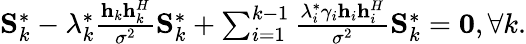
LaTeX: \begin{array}{r}{{\mathbf{S}}_{k}^{*}-\lambda_{k}^{*}\frac{{{{\mathbf{h}}_{k}}{\mathbf{h}}_{k}^{H}}}{{{\sigma^{2}}}}{\mathbf{S}}_{k}^{*}+\sum_{i=1}^{k-1}{\frac{{\lambda_{i}^{*}{\gamma_{i}}{{\mathbf{h}}_{i}}{\mathbf{h}}_{i}^{H}}}{{{\sigma^{2}}}}}{\mathbf{S}}_{k}^{*}={\mathbf{0}},\forall k.}\end{array}